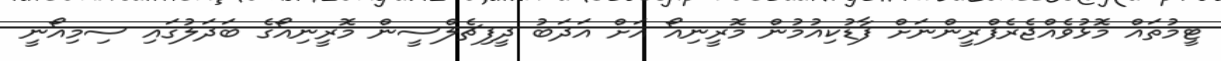
ޓީމުތައް މޮޅުވެއްޖެރެފްރީންނަށް ފާޑުކިއުމުން މޮރީނިއޯ އަށް އަދަބު ދީފިޗެލްސީން މޮރީނިއޯގެ ބަދަލުގައި ސިމިއޯނީ